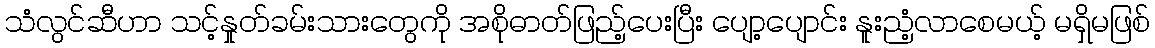
သံလွင်ဆီဟာ သင့်နှုတ်ခမ်းသားတွေကို အစိုဓာတ်ဖြည့်ပေးပြီး ပျော့ပျောင်း နူးညံ့လာစေမယ့် မရှိမဖြစ်